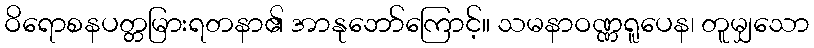
ဝိရောစနပတ္တမြားရတနာ၏ အာနုဘော်ကြောင့်။ သမနာဝဏ္ဏရူပေန၊ တူမျှသော